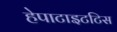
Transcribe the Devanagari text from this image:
हेपाटाइटटिस